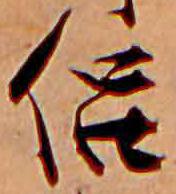
侶